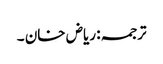
ترجمہ: ریاض خان ۔